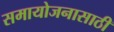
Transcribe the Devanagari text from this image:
समायोजनासाठी